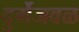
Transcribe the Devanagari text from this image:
दुर्गेजवळ